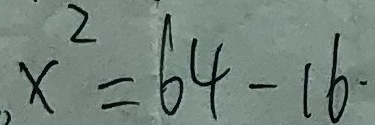
x ^ { 2 } = 6 4 - 1 6 .